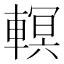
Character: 𨎁